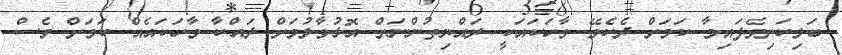
ބަލިކަށިވެފައިވާ ކަމަށް ދެކެވޭ ވާހަކައަކީ ރައްޔިތުންނަށް އޮޅުވާލުމަށް ދައްކާ ވާހަކައެއް ކަމަށް ވެސް